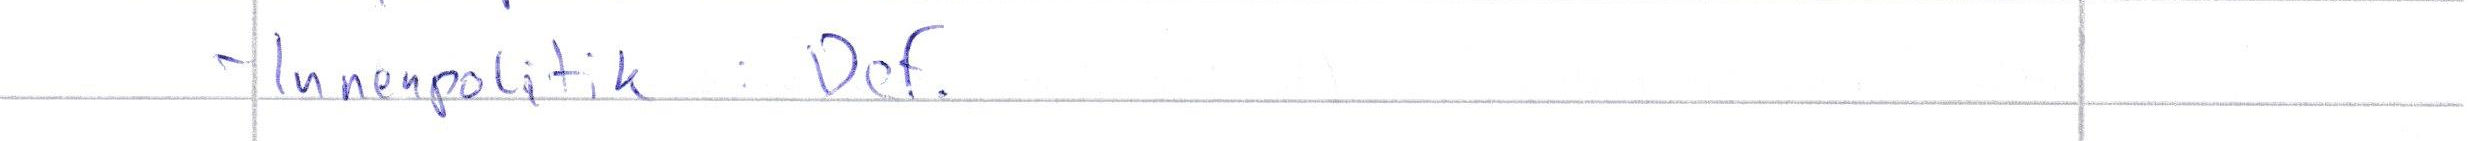
- Innenpolitik: Def.